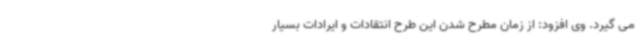
می گیرد. وی افزود: از زمان مطرح شدن این طرح انتقادات و ایرادات بسیار